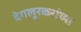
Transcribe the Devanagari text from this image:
देगलूरकरांच्या